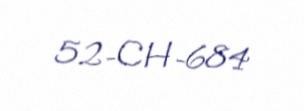
52-CH-684